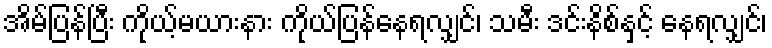
အိမ်ပြန်ပြီး ကိုယ့်မယားနား ကိုယ်ပြန်နေရလျှင်၊ သမီး ဒင်းနိစ်နှင့် နေရလျှင်၊